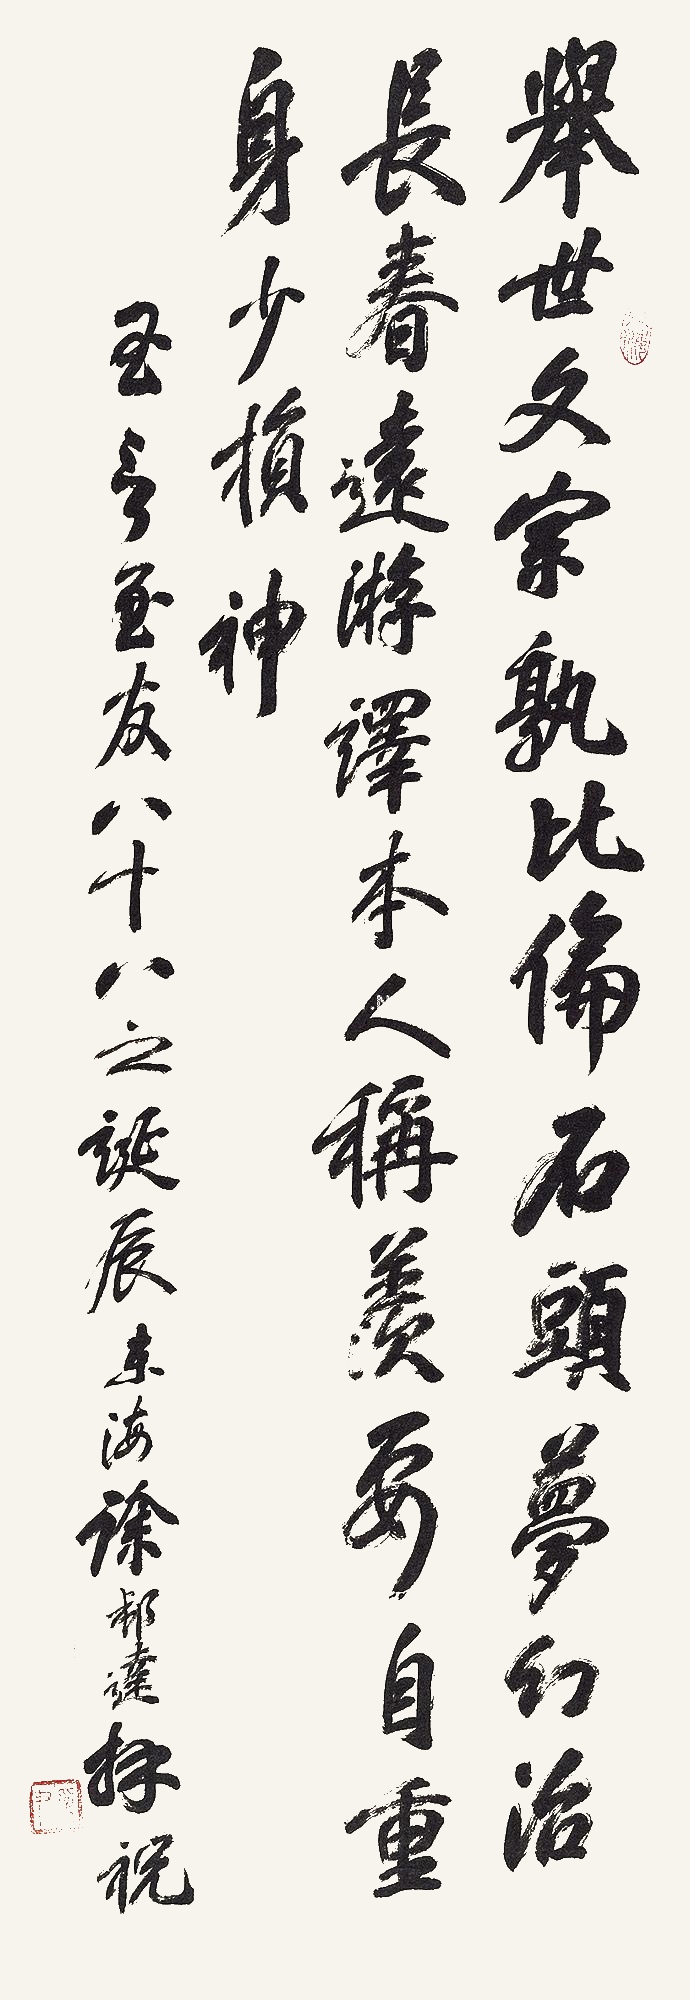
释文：举世文宗孰比伦，石头梦幻治长春。远游译本人称羡，要自重身少损神。玉言画友八十八之诞辰，东海徐邦达拜祝。